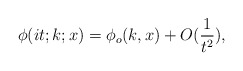
\begin{align*}\phi(it;k;x)=\phi_o(k,x)+O(\frac{1}{t^2}),\end{align*}